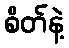
စိတ်နဲ့